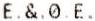
E.&.0.E.